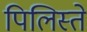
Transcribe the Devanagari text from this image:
पिलिस्ते